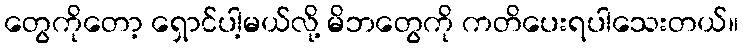
တွေကိုတော့ ရှောင်ပါ့မယ်လို့ မိဘတွေကို ကတိပေးရပါသေးတယ်။